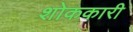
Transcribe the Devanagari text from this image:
शोककारी